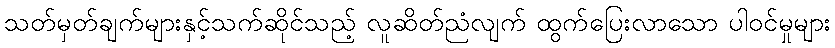
သတ်မှတ်ချက်များနှင့်သက်ဆိုင်သည့် လူဆိတ်ညံလျက် ထွက်ပြေးလာသော ပါဝင်မှုများ